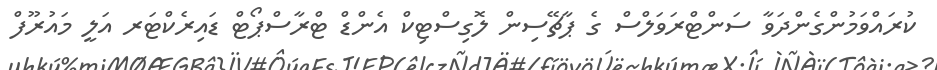
ކުރައްވަމުންގެންދަވާ ސަންޓްރަވަލްސް ގެ ޕާޗޭސިން ލޮގިސްޓިކް އެންޑް ޓްރާސްޕޯޓް ޑައިރެކްޓަރ އަލީ މައުރޫފް